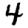
Digit: 4